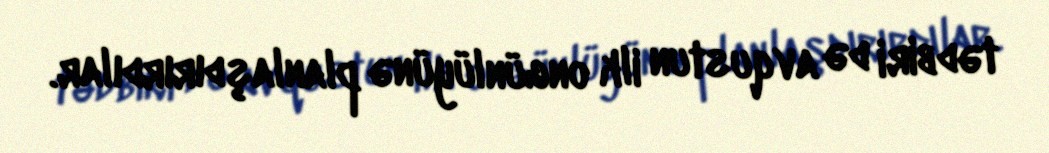
tədbiri də avqustun ilk ongünlüyünə planlaşdırırdılar.